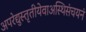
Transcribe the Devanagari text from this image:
अपरेद्युस्तृतीयेवाअस्थिसंचयनं